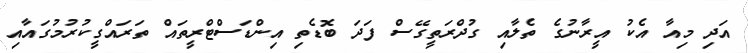
އަދި މިއާ އެކު އީރާނުގެ ތެލާއި ގުދްރަތީގޭސް ފަދަ ބޮޑެތި އިންޑަސްޓްރީތައް ތަރައްގީކުރުމުގައާއި